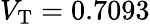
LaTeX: V_{\mathrm{T}}=0.7093